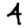
Digit: 4